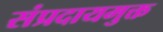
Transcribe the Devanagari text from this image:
संप्रदायमुक्त